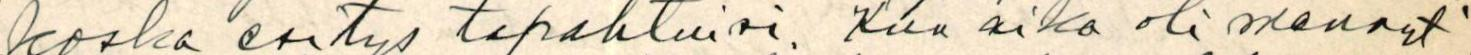
koska esitys tapahtuisi. Kun aika oli mennyt